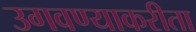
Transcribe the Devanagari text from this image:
उगवण्याकरीता